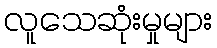
လူသေဆုံးမှုများ